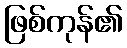
ဖြစ်ကုန်၏